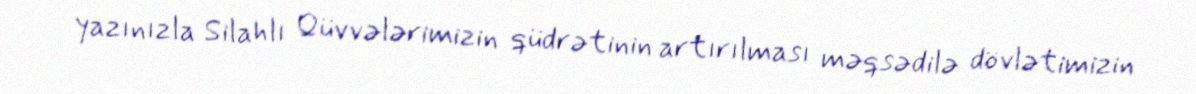
yazınızla Silahlı Qüvvələrimizin qüdrətinin artırılması məqsədilə dövlətimizin